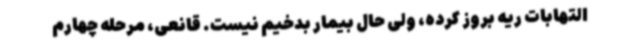
التهابات ریه بروز کرده، ولی حال بیمار بدخیم نیست. قانعی، مرحله چهارم